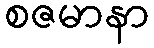
စဇမာနာ